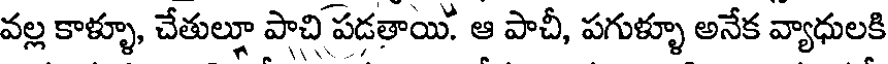
వల్ల కాళ్ళూ, చేతుల్లూ పాచి పడతాయి. ఆ పాచీ, పగుళ్ళూ అనేక వ్యాధులకి